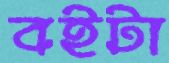
বইটা